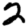
Digit: 2